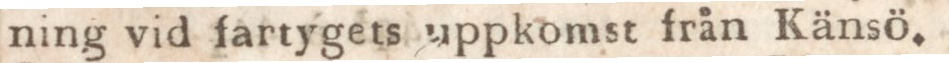
ning vid fartygets uppkomst från Känsö.